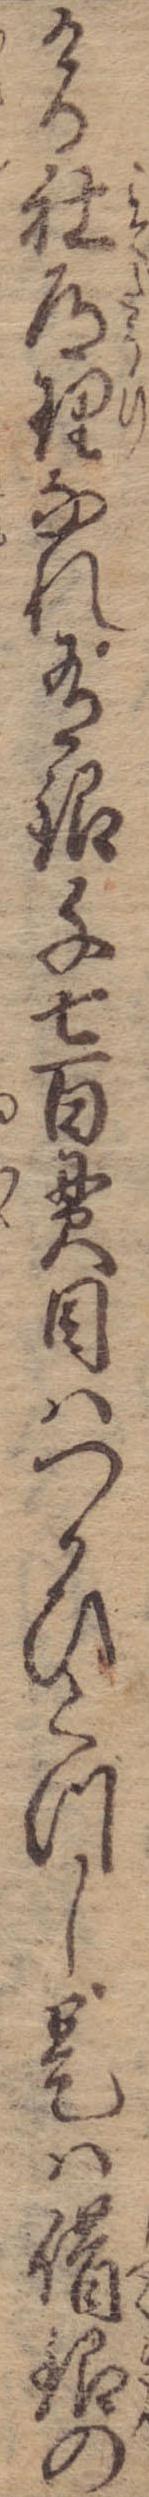
ける社道理なれ有銀千七百貫目はつかひくつし是は借銀の